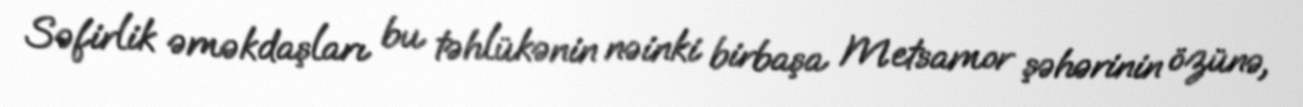
Səfirlik əməkdaşları bu təhlükənin nəinki birbaşa Metsamor şəhərinin özünə,